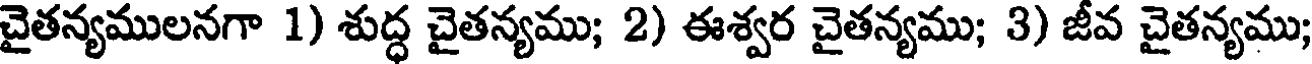
చైతన్యములనగా 1) శుద్ధ చైతన్యము; 2) ఈశ్వర చైతన్యము; 3) జీవ చైతన్యము;